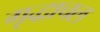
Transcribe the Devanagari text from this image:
गृद्धाचल